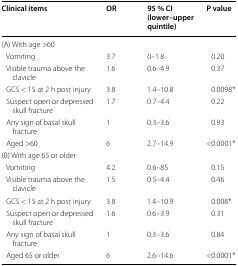
<table><thead><tr><td><b>Clinical items</b></td><td><b>OR</b></td><td><b>95 % CI (lower–upper quintile)</b></td><td><b>P value</b></td></tr></thead><tbody><tr><td>(A) With age &gt;60</td><td></td><td></td><td></td></tr><tr><td> Vomiting</td><td>3.7</td><td>0–1.8</td><td>0.20</td></tr><tr><td> Visible trauma above the clavicle</td><td>1.6</td><td>0.6–4.9</td><td>0.37</td></tr><tr><td> GCS &lt; 15 at 2 h post injury</td><td>3.8</td><td>1.4–10.8</td><td>0.0098*</td></tr><tr><td> Suspect open or depressed skull fracture</td><td>1.7</td><td>0.7–4.4</td><td>0.22</td></tr><tr><td> Any sign of basal skull fracture</td><td>1</td><td>0.3–3.6</td><td>0.93</td></tr><tr><td> Aged &gt;60</td><td>6</td><td>2.7–14.9</td><td>&lt;0.0001*</td></tr><tr><td>(B) With age 65 or older</td><td></td><td></td><td></td></tr><tr><td> Vomiting</td><td>4.2</td><td>0.6–85</td><td>0.15</td></tr><tr><td> Visible trauma above the clavicle</td><td>1.5</td><td>0.5–4.4</td><td>0.46</td></tr><tr><td> GCS &lt; 15 at 2 h post injury</td><td>3.8</td><td>1.4–10.9</td><td>0.008*</td></tr><tr><td> Suspect open or depressed skull fracture</td><td>1.6</td><td>0.6–3.9</td><td>0.31</td></tr><tr><td> Any sign of basal skull fracture</td><td>1</td><td>0.3–3.6</td><td>0.84</td></tr><tr><td> Aged 65 or older</td><td>6</td><td>2.6–14.6</td><td>&lt;0.0001*</td></tr></tbody></table>